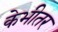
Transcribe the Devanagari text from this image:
केभीतर